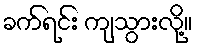
ခက်ရင်း ကျသွားလို့။